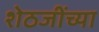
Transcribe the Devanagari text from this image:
शेठजींच्या